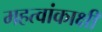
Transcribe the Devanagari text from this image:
महत्वांकाक्षी